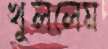
খুললেম